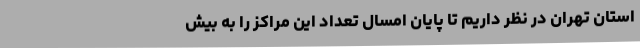
استان تهران در نظر داریم تا پایان امسال تعداد این مراکز را به بیش